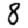
Digit: 8